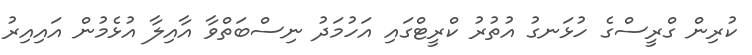
ކުރިން ގްރީސްގެ ހުޅަނގު އުތުރު ކްރީޓްގައި އަހުމަދު ނިސްބަތްވާ އާއިލާ އުޅެމުން އައިއިރު